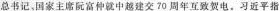
总书记、国家主席阮富仲就中越建交70周年互致贺电。习近平指